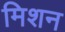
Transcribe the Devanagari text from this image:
मिशन